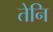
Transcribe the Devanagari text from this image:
तेनि